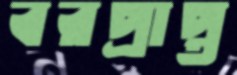
বরপ্রাপ্ত